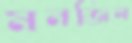
মনজিল